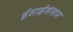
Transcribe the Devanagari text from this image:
ईसाईसंसार